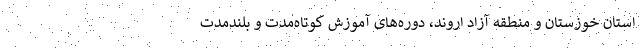
استان خوزستان و منطقه آزاد اروند، دوره‌های آموزش کوتاه‌مدت و بلندمدت